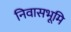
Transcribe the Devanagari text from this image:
निवासभूमि